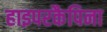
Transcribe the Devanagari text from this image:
हाइपरकैपिना